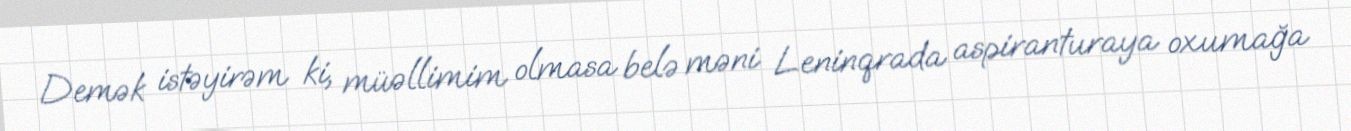
Demək istəyirəm ki, müəllimim olmasa belə məni Leninqrada aspiranturaya oxumağa